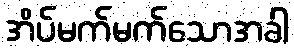
အိပ်မက်မက်သောအခါ